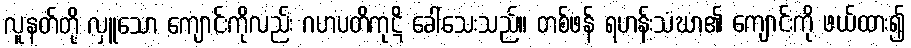
လူနတ်တို့ လှူသော ကျောင်းကိုလည်း ဂဟပတိကုဋိ ခေါ်သေးသည်။ တစ်ဖန် ရဟန်းသံဃာ၏ ကျောင်းကို ဖယ်ထား၍